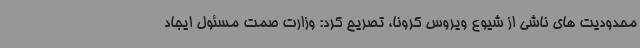
محدودیت های ناشی از شیوع ویروس کرونا، تصریح کرد: وزارت صمت مسئول ایجاد